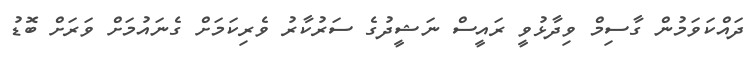
ދައްކަވަމުން ގާސިމް ވިދާޅުވީ ރައީސް ނަޝީދުގެ ސަރުކާރު ވެރިކަމަށް ގެނައުމަށް ވަރަށް ބޮޑު